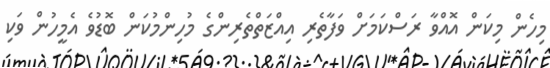
މިހެން މިކަން އޮއްވާ ރަސްކަމަށް ވަފާތެރި އިއްޒަތްތެރިންގެ މުހިންމުކަން ބޮޑުވެ އެމީހުން ވަކި